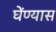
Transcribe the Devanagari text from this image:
घेंण्यास